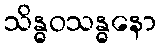
သိန္ဓဝသန္ဓနော